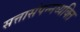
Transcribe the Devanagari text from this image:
सत्तासंपन्नव्यक्ति